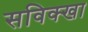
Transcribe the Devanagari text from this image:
सविक्खा